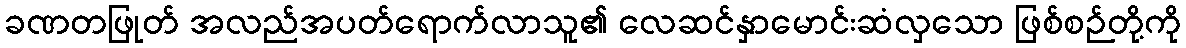
ခဏတဖြုတ် အလည်အပတ်ရောက်လာသူ၏ လေဆင်နှာမောင်းဆံလှသော ဖြစ်စဉ်တို့ကို